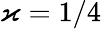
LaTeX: \varkappa=1/4